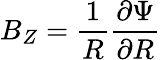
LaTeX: B_{Z}=\frac{1}{R}\frac{\partial\Psi}{\partial R}